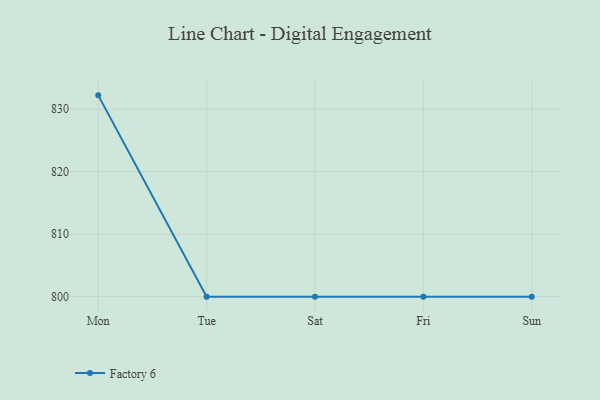
{"axis": {"x": "Day", "y": "Backlog"}, "legend": ["Factory 6"], "data": [{"x": "Mon", "y": 832.2, "type": "Factory 6"}, {"x": "Tue", "y": 800, "type": "Factory 6"}, {"x": "Sat", "y": 800, "type": "Factory 6"}, {"x": "Fri", "y": 800, "type": "Factory 6"}, {"x": "Sun", "y": 800, "type": "Factory 6"}]}